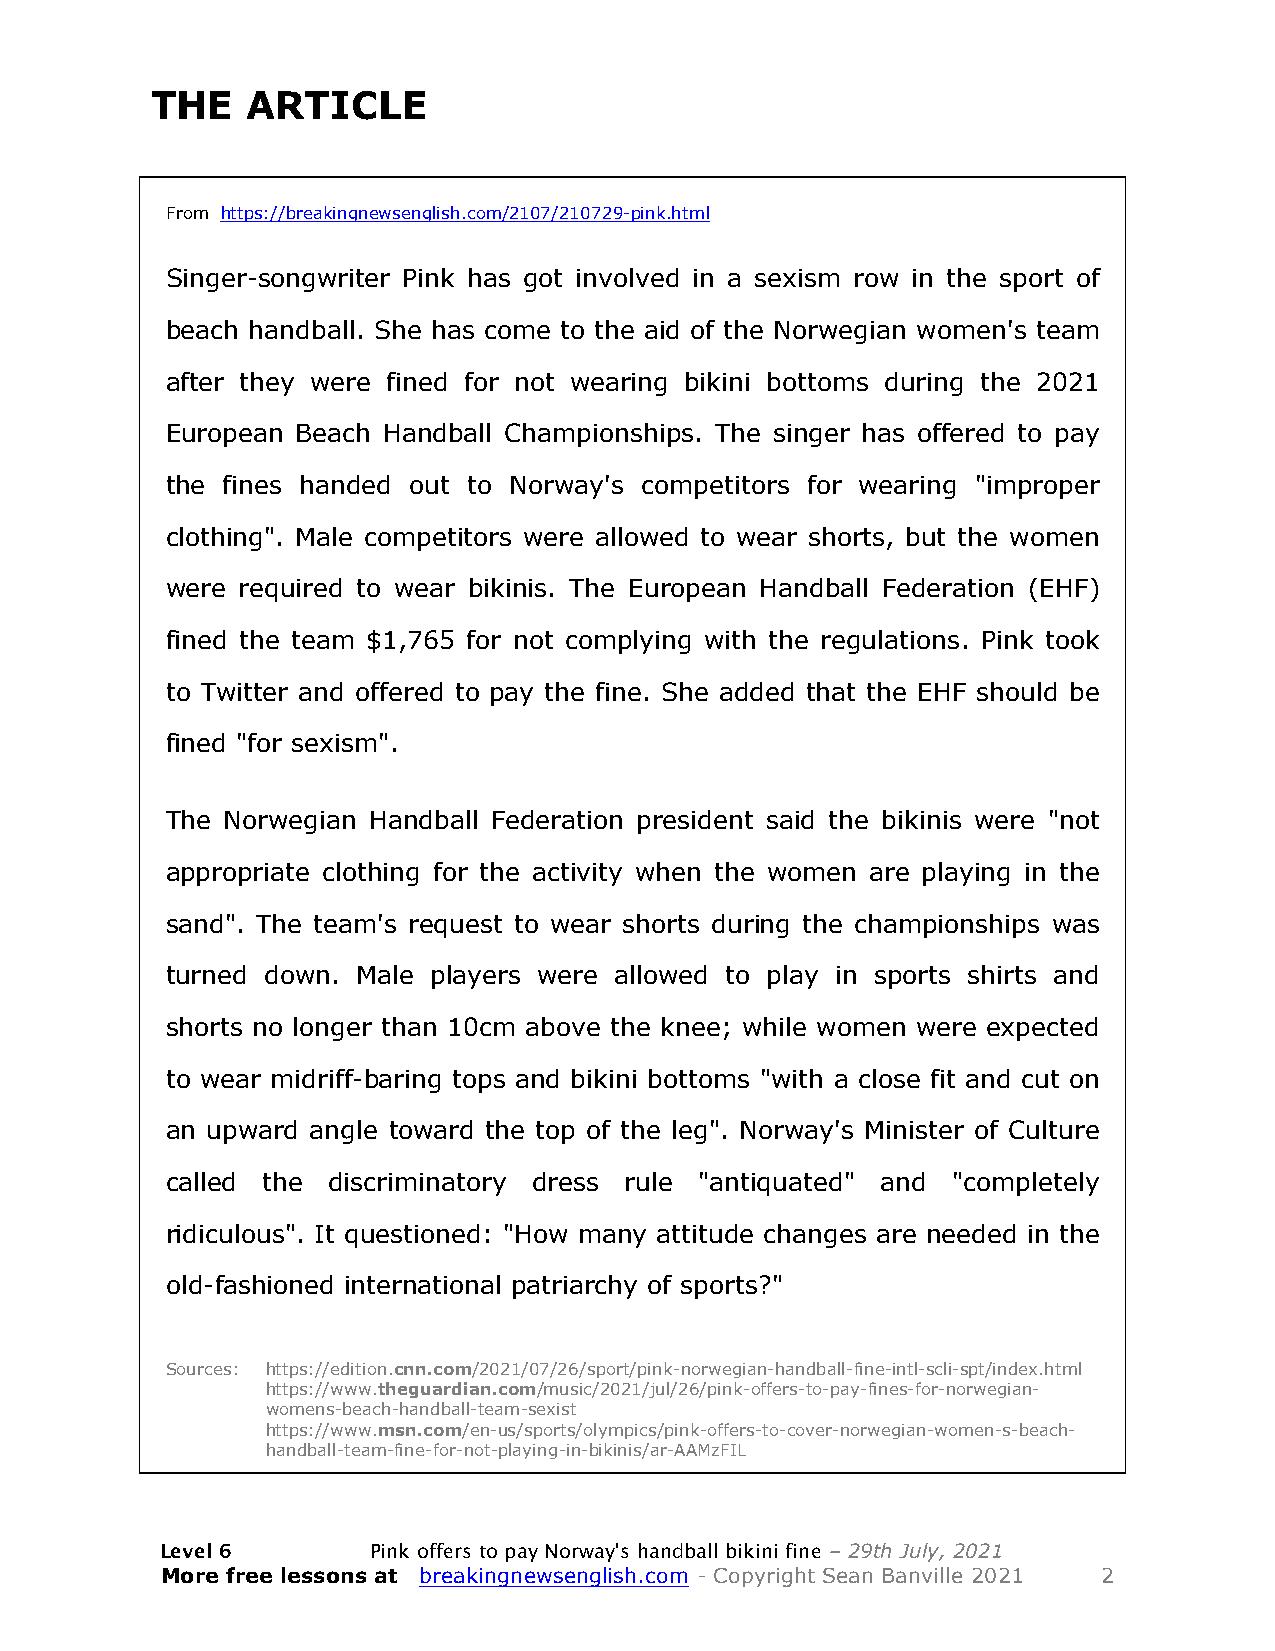
THE   ARTICLE
 From https://breakingnewsenglish.com/2107/210729-pink.html
 Singer-songwriter Pink has got involved in a sexism row in the sport of
 beach handball. She has come to the aid of the Norwegian women's team
 after they were fined for not wearing bikini bottoms during the 2021
 European Beach Handball Championships. The singer has offered to pay
 the fines handed out to Norway's competitors for wearing "improper
 clothing". Male competitors were allowed to wear shorts, but the women
 were required to wear bikinis. The European Handball Federation (EHF)
 fined the team $1,765 for not complying with the regulations. Pink took
 to Twitter and offered to pay the fine. She added that the EHF should be
 fined "for sexism".
 The Norwegian Handball Federation president said the bikinis were "not
 appropriate clothing for the activity when the women are playing in the
 sand". The team's request to wear shorts during the championships was
 turned down. Male players were allowed to play in sports shirts and
 shorts no longer than 10cm above the knee; while women were expected
 to wear midriff-baring tops and bikini bottoms "with a close fit and cut on
 an upward angle toward the top of the leg". Norway's Minister of Culture
 called the discriminatory dress rule "antiquated" and "completely
 ridiculous". It questioned: "How many attitude changes are needed in the
 old-fashioned international patriarchy of sports?"
 Sources: https://edition.cnn.com/2021/07/26/sport/pink-norwegian-handball-fine-intl-scli-spt/index.html
 https://www.theguardian.com/music/2021/jul/26/pink-offers-to-pay-fines-for-norwegian-
 womens-beach-handball-team-sexist
 https://www.msn.com/en-us/sports/olympics/pink-offers-to-cover-norwegian-women-s-beach-
 handball-team-fine-for-not-playing-in-bikinis/ar-AAMzFIL
 Level 6      Pink offers to pay Norway's handball bikini fine – 29th July, 2021
 More free lessons at breakingnewsenglish.com - Copyright Sean Banville 2021 2